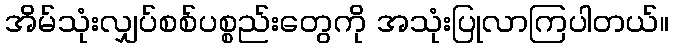
အိမ်သုံးလျှပ်စစ်ပစ္စည်းတွေကို အသုံးပြုလာကြပါတယ်။